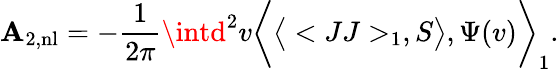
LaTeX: \mathbf{A}_{2,\mathrm{{nl}}}=-{\frac{{1}}{{2\pi}}}\intd^{2}v\bigg<\big<<JJ>_{1},S\big>,\Psi(v)\bigg>_{1}.